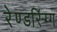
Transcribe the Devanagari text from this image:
रेण्डरिंग्ग